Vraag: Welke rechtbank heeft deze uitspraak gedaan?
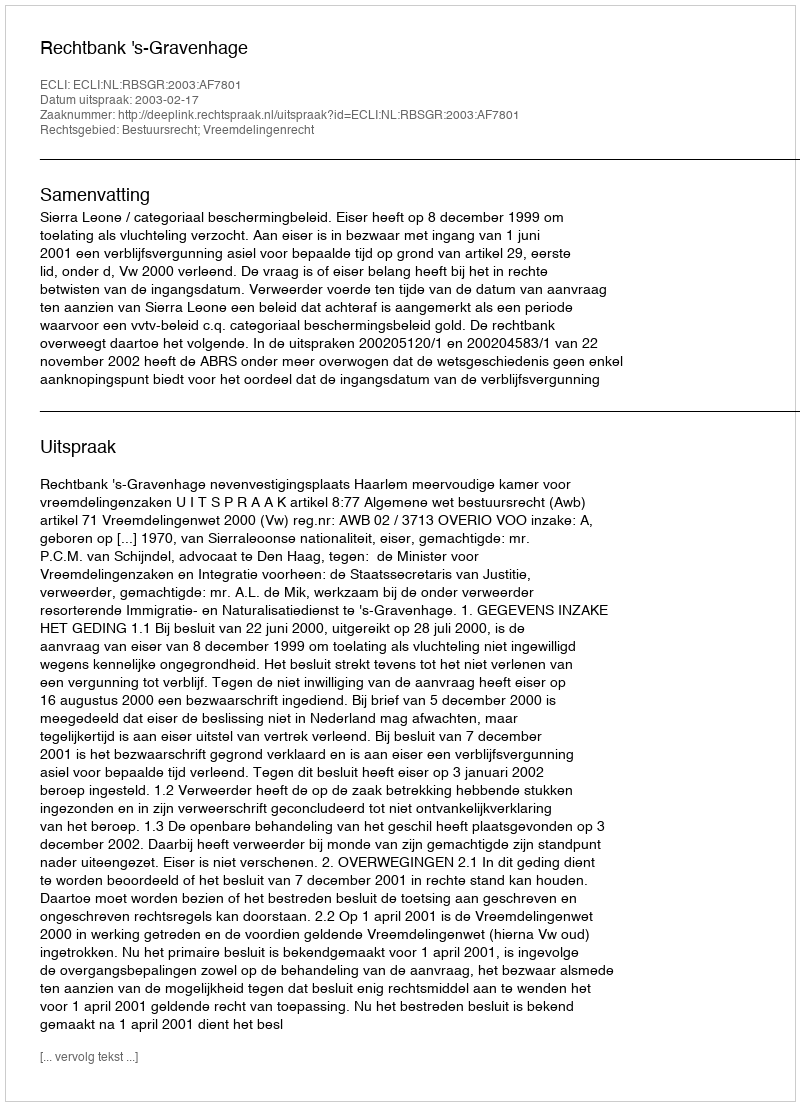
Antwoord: Rechtbank 's-Gravenhage